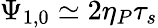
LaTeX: \Psi_{1,0}\simeq 2\eta_{P}\tau_{s}